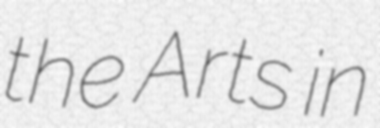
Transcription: the Arts in